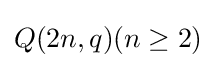
Q(2n,q)(n\geq 2)